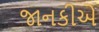
જાનકીએ